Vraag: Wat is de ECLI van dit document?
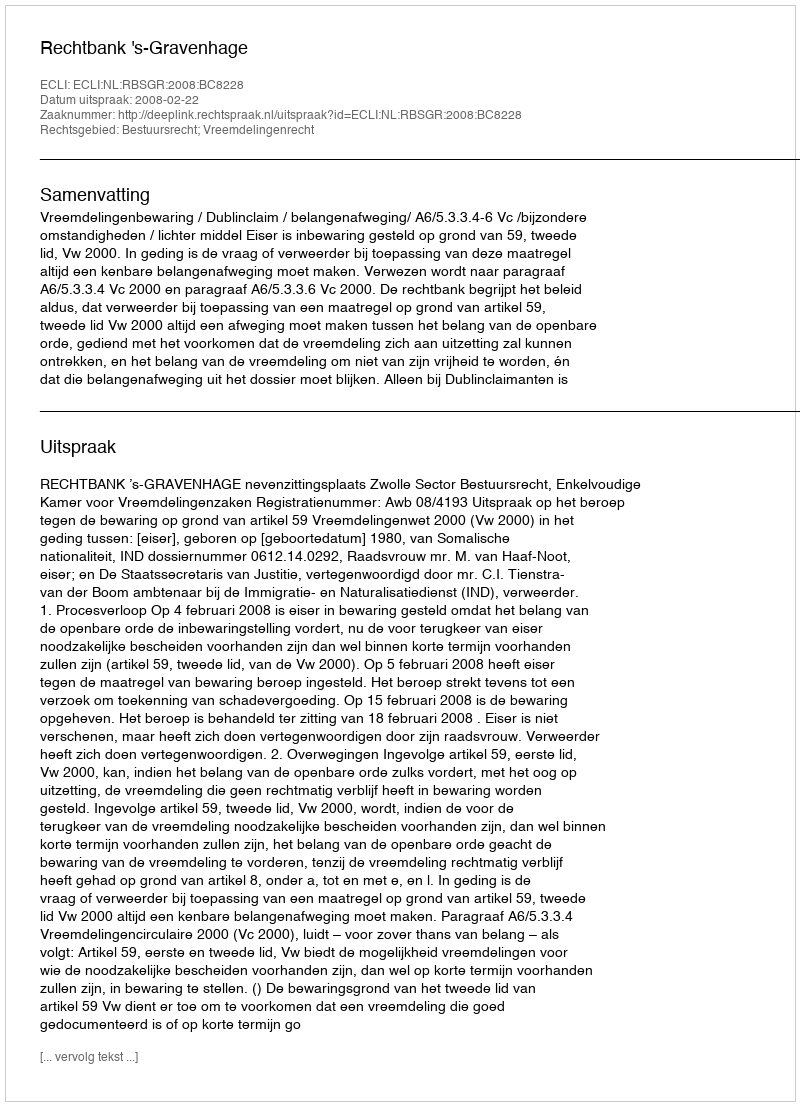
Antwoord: ECLI:NL:RBSGR:2008:BC8228